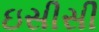
ઇસીસી